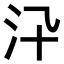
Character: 𣲌